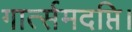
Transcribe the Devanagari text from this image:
गार्त्समदप्ति।